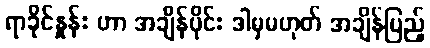
ရာခိုင်နှုန်း ဟာ အချိန်ပိုင်း ဒါမှမဟုတ် အချိန်ပြည့်